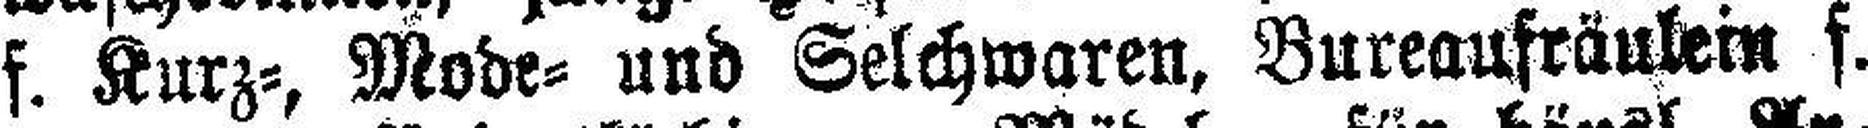
f. Kurz=, Mode= und Selchwaren, Bureaufräulein f.